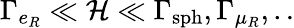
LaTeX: \Gamma_{e_{R}}\ll\mathcal{H}\ll\Gamma_{\mathrm{{sph}}},\Gamma_{\mu_{R}},..